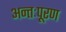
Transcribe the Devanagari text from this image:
अन्तःपूरण